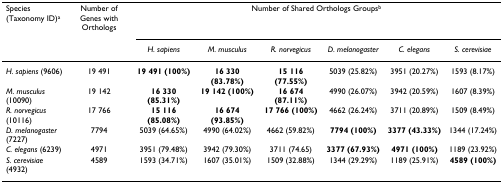
<table><thead><tr><td><b>Species (Taxonomy ID)<sup>a</sup></b></td><td><b>Number of Genes with Orthologs</b></td><td colspan="6"><b>Number of Shared Orthologs Groups<sup>b</sup></b></td></tr><tr><td></td><td></td><td><b><i>H. sapiens</i></b></td><td><b><i>M. musculus</i></b></td><td><b><i>R. norvegicus</i></b></td><td><b><i>D. melanogaster</i></b></td><td><b><i>C. elegans</i></b></td><td><b><i>S. cerevisiae</i></b></td></tr></thead><tbody><tr><td><i>H. sapiens </i>(9606)</td><td>19 491</td><td><b>19 491 (100%)</b></td><td><b>16 330 (83.78%)</b></td><td><b>15 116 (77.55%)</b></td><td>5039 (25.82%)</td><td>3951 (20.27%)</td><td>1593 (8.17%)</td></tr><tr><td><i>M. musculus </i>(10090)</td><td>19 142</td><td><b>16 330 (85.31%)</b></td><td><b>19 142 (100%)</b></td><td><b>16 674 (87.11%)</b></td><td>4990 (26.07%)</td><td>3942 (20.59%)</td><td>1607 (8.39%)</td></tr><tr><td><i>R. norvegicus </i>(10116)</td><td>17 766</td><td><b>15 116 (85.08%)</b></td><td><b>16 674 (93.85%)</b></td><td><b>17 766 (100%)</b></td><td>4662 (26.24%)</td><td>3711 (20.89%)</td><td>1509 (8.49%)</td></tr><tr><td><i>D. melanogaster </i>(7227)</td><td>7794</td><td>5039 (64.65%)</td><td>4990 (64.02%)</td><td>4662 (59.82%)</td><td><b>7794 (100%)</b></td><td><b>3377 (43.33%)</b></td><td>1344 (17.24%)</td></tr><tr><td><i>C. elegans </i>(6239)</td><td>4971</td><td>3951 (79.48%)</td><td>3942 (79.30%)</td><td>3711 (74.65)</td><td><b>3377 (67.93%)</b></td><td><b>4971 (100%)</b></td><td>1189 (23.92%)</td></tr><tr><td><i>S. cerevisiae </i>(4932)</td><td>4589</td><td>1593 (34.71%)</td><td>1607 (35.01%)</td><td>1509 (32.88%)</td><td>1344 (29.29%)</td><td>1189 (25.91%)</td><td><b>4589 (100%)</b></td></tr></tbody></table>